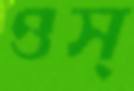
ওস্